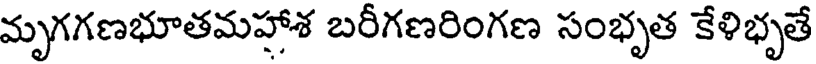
మృగగణభూతమహాశ బరీగణరింగణ సంభృత కేళిభృతే